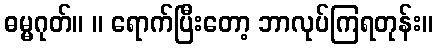
ဓမ္မဂုတ်။ ။ ရောက်ပြီးတော့ ဘာလုပ်ကြရတုန်း။